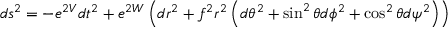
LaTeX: d s ^ { 2 } = - e ^ { 2 V } d t ^ { 2 } + e ^ { 2 W } \left( d r ^ { 2 } + f ^ { 2 } r ^ { 2 } \left( d \theta ^ { 2 } + \sin ^ { 2 } \theta d \phi ^ { 2 } + \cos ^ { 2 } \theta d \psi ^ { 2 } \right) \right)